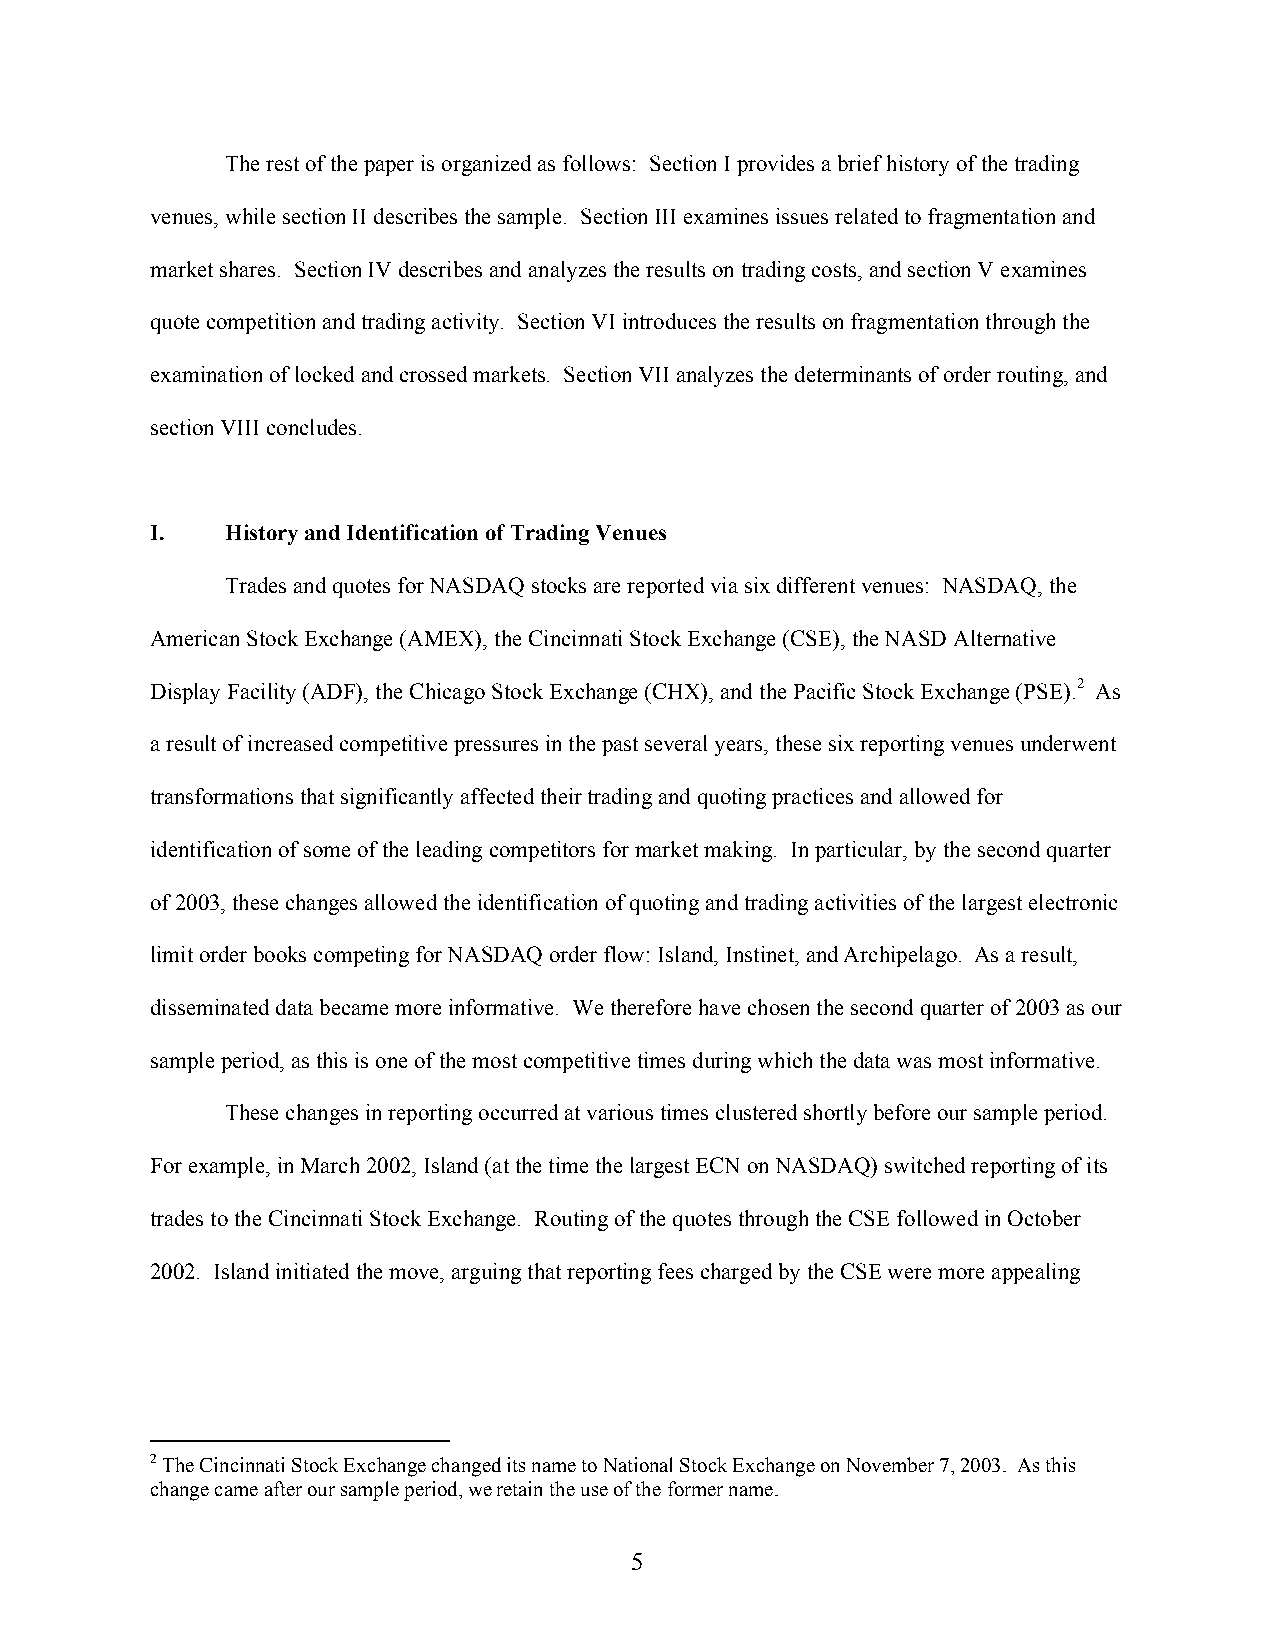
The rest of the paper is organized as follows: Section I provides a brief history of the trading
 venues, while section II describes the sample. Section III examines issues related to fragmentation and
 market shares. Section IV describes and analyzes the results on trading costs, and section V examines
 quote competition and trading activity. Section VI introduces the results on fragmentation through the
 examination of locked and crossed markets. Section VII analyzes the determinants of order routing, and
 section VIII concludes.
 I.   History and Identification of Trading Venues
 Trades and quotes for NASDAQ stocks are reported via six different venues: NASDAQ, the
 American Stock Exchange (AMEX), the Cincinnati Stock Exchange (CSE), the NASD Alternative
 Display Facility (ADF), the Chicago Stock Exchange (CHX), and the Pacific Stock Exchange (PSE).2 As
 a result of increased competitive pressures in the past several years, these six reporting venues underwent
 transformations that significantly affected their trading and quoting practices and allowed for
 identification of some of the leading competitors for market making. In particular, by the second quarter
 of 2003, these changes allowed the identification of quoting and trading activities of the largest electronic
 limit order books competing for NASDAQ order flow: Island, Instinet, and Archipelago. As a result,
 disseminated data became more informative. We therefore have chosen the second quarter of 2003 as our
 sample period, as this is one of the most competitive times during which the data was most informative.
 These changes in reporting occurred at various times clustered shortly before our sample period.
 For example, in March 2002, Island (at the time the largest ECN on NASDAQ) switched reporting of its
 trades to the Cincinnati Stock Exchange. Routing of the quotes through the CSE followed in October
 2002. Island initiated the move, arguing that reporting fees charged by the CSE were more appealing
 2 The Cincinnati Stock Exchange changed its name to National Stock Exchange on November 7, 2003. As this
 change came after our sample period, we retain the use of the former name.
 5